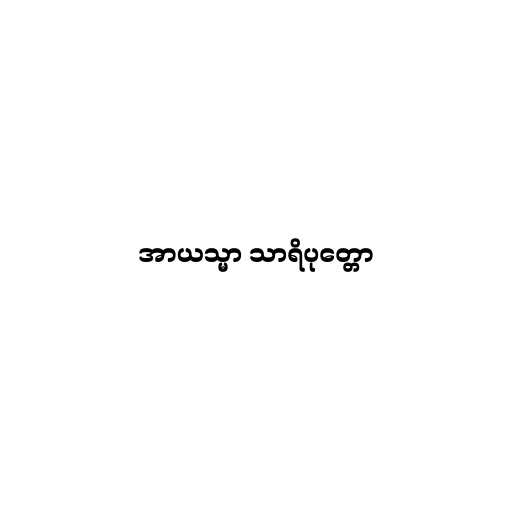
အာယသ္မာ သာရိပုတ္တော